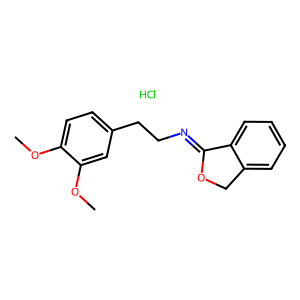
SMILES: COc1ccc(CCN=C2OCc3ccccc32)cc1OC.Cl
Inhibits HIV replication: No